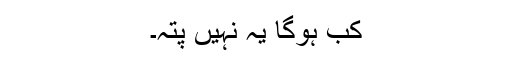
کب ہوگا یہ نہیں پتہ۔